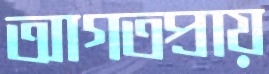
আগতপ্রায়